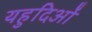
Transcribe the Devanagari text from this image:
यहुदिओं